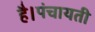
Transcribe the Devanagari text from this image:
है।पंचायती